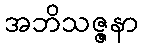
အဘိသဇ္ဇနာ